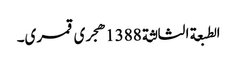
الطبعة الثالثة 1388هجری قمری۔